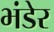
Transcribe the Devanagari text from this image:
भंडेर